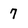
Character: 7